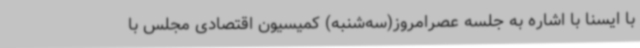
با ایسنا با اشاره به جلسه عصرامروز(سه‌شنبه) کمیسیون اقتصادی مجلس با